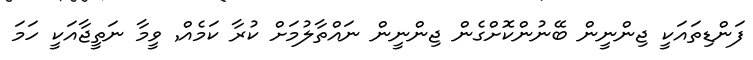
ފަންޑިތައަކީ ޖިންނީން ބޭނުންކޮށްގެން ޖިންނީން ނައްތާލުމަށް ކުރާ ކަމެއް